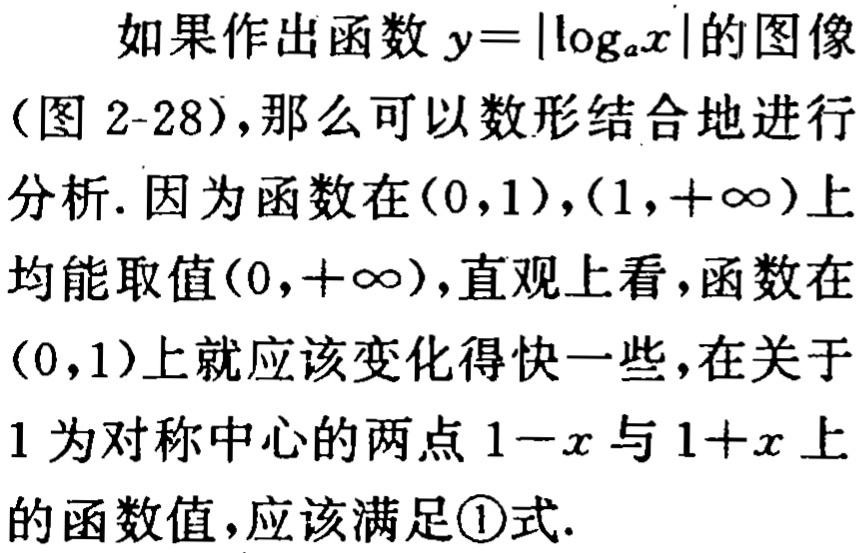
如果作出函数 \(y = |\log_{a}x|\)的图像（图 2-28），那么可以数形结合地进行分析. 因为函数在\((0,1)\)，\((1,+\infty)\)上均能取值\((0,+\infty)\)，直观上看，函数在\((0,1)\)上就应该变化得快一些，在关于\(1\)为对称中心的两点\(1 - x\)与\(1 + x\)上的函数值，应该满足\textcircled{1}式.